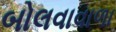
બોલવાવાળા